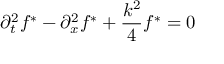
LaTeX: \partial _ { t } ^ { 2 } f ^ { * } - \partial _ { x } ^ { 2 } f ^ { * } + \frac { k ^ { 2 } } { 4 } f ^ { * } = 0